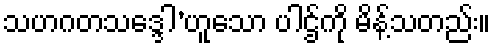
သဟဂတသဒ္ဒေါ’ဟူသော ပါဌ်ကို မိန့်သတည်း။